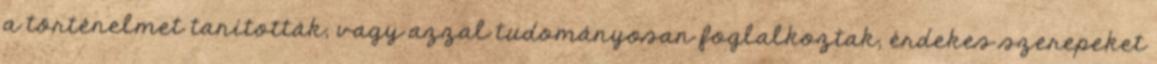
a történelmet tanították, vagy azzal tudományosan foglalkoztak, érdekes szerepeket